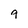
Character: 9